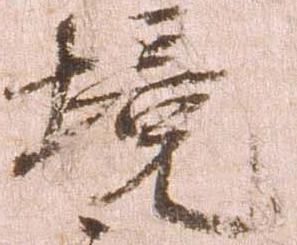
境